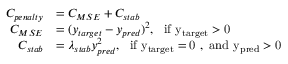
\begin{array} { r l } { C _ { p e n a l t y } } & { = C _ { M S E } + C _ { s t a b } } \\ { C _ { M S E } } & { = ( y _ { t a r g e t } - y _ { p r e d } ) ^ { 2 } , ~ ~ \mathrm { i f ~ y _ { t a r g e t } > 0 ~ } } \\ { C _ { s t a b } } & { = \lambda _ { s t a b } y _ { p r e d } ^ { 2 } , ~ ~ \mathrm { i f ~ y _ { t a r g e t } = 0 ~ , ~ a n d ~ y _ { p r e d } > 0 ~ } } \end{array}